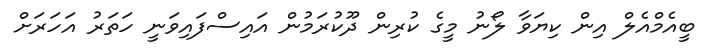
ބީއެމްއެލް އިން ކިޔަވާ ލޯނު މީގެ ކުރިން ދޫކުރަމުން އައިސްފައިވަނީ ހަތަރު އަހަރަށް